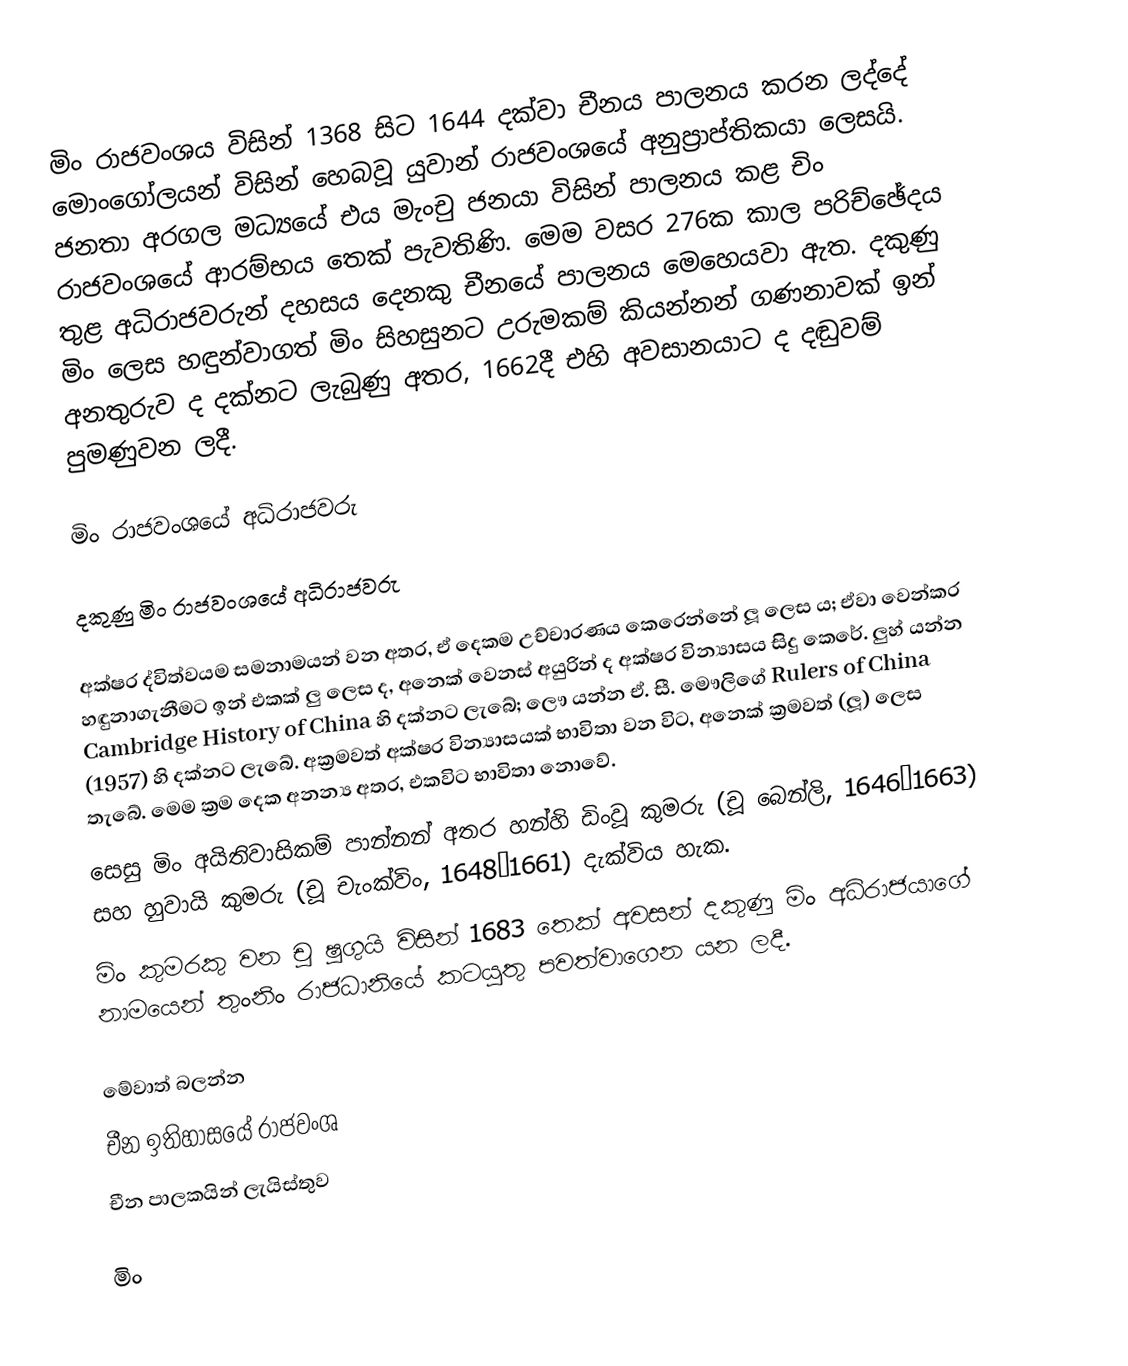
මිං රාජවංශය විසින් 1368 සිට 1644 දක්වා චීනය පාලනය කරන ලද්දේ මොංගෝලයන් විසින් හෙබවූ යුවාන් රාජවංශයේ අනුප්‍රාප්තිකයා ලෙසයි. ජනතා අරගල මධ්‍යයේ එය මැංචු ජනයා විසින් පාලනය කළ චිං රාජවංශයේ ආරම්භය තෙක් පැවතිණි. මෙම වසර 276ක කාල පරිච්ඡේදය තුළ අධිරාජවරුන් දහසය දෙනකු චීනයේ පාලනය මෙහෙයවා ඇත. දකුණු මිං ලෙස හඳුන්වාගත් මිං සිහසුනට උරුමකම් කියන්නන් ගණනාවක් ඉන් අනතුරුව ද දක්නට ලැබුණු අතර, 1662දී එහි අවසානයාට ද දඬුවම් පුමණුවන ලදී.

මිං රාජවංශයේ අධිරාජවරු

දකුණු මිං රාජවංශයේ අධිරාජවරු

 අක්ෂර ද්විත්වයම සමනාමයන් වන අතර, ඒ දෙකම උච්චාරණය කෙරෙන්නේ ලූ ලෙස ය; ඒවා වෙන්කර හඳුනාගැනීමට ඉන් එකක් ලු ලෙස ද, අනෙක් වෙනස් අයුරින් ද අක්ෂර වින්‍යාසය සිදු කෙරේ. ලුහ් යන්න Cambridge History of China හි දක්නට ලැබේ; ලෞ යන්න ඒ. සී. මෞලිගේ Rulers of China (1957) හි දක්නට ලැබේ. අක්‍රමවත් අක්ෂර වින්‍යාසයක් භාවිතා වන විට, අනෙක් ක්‍රමවත් (ලූ) ලෙස තැබේ. මෙම ක්‍රම දෙක අනන්‍ය අතර, එකවිට භාවිතා නොවේ.
 සෙසු මිං අයිතිවාසිකම් පාන්නන් අතර හන්හි ඩිංවූ කුමරු (චූ බෙන්ලි, 1646–1663) සහ හුවායි කුමරු (චූ චැංක්විං, 1648–1661) දැක්විය හැක.
 මිං කුමරකු වන චූ ෂුගුයි විසින් 1683 තෙක් අවසන් දකුණු මිං අධිරාජයාගේ නාමයෙන් තුංනිං රාජධානියේ කටයුතු පවත්වාගෙන යන ලදී.

මේවාත් බලන්න
 චීන ඉතිහාසයේ රාජවංශ
 චීන පාලකයින් ලැයිස්තුව

මිං